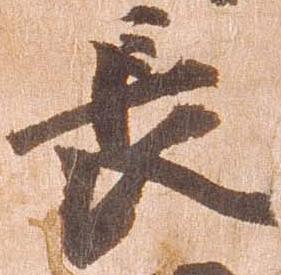
長